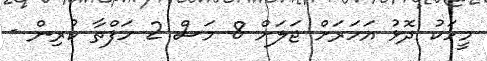
މީހަކު ދޮޅު އަހަރަށް ޖަލަށް 8 މަސް 2 ހަފްތާ ކުރިން -